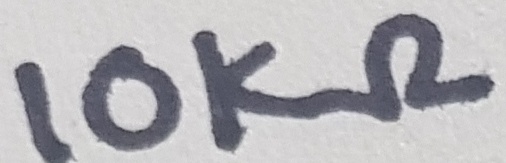
Text: 10KΩ